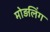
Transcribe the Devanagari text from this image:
मोड़लिंग